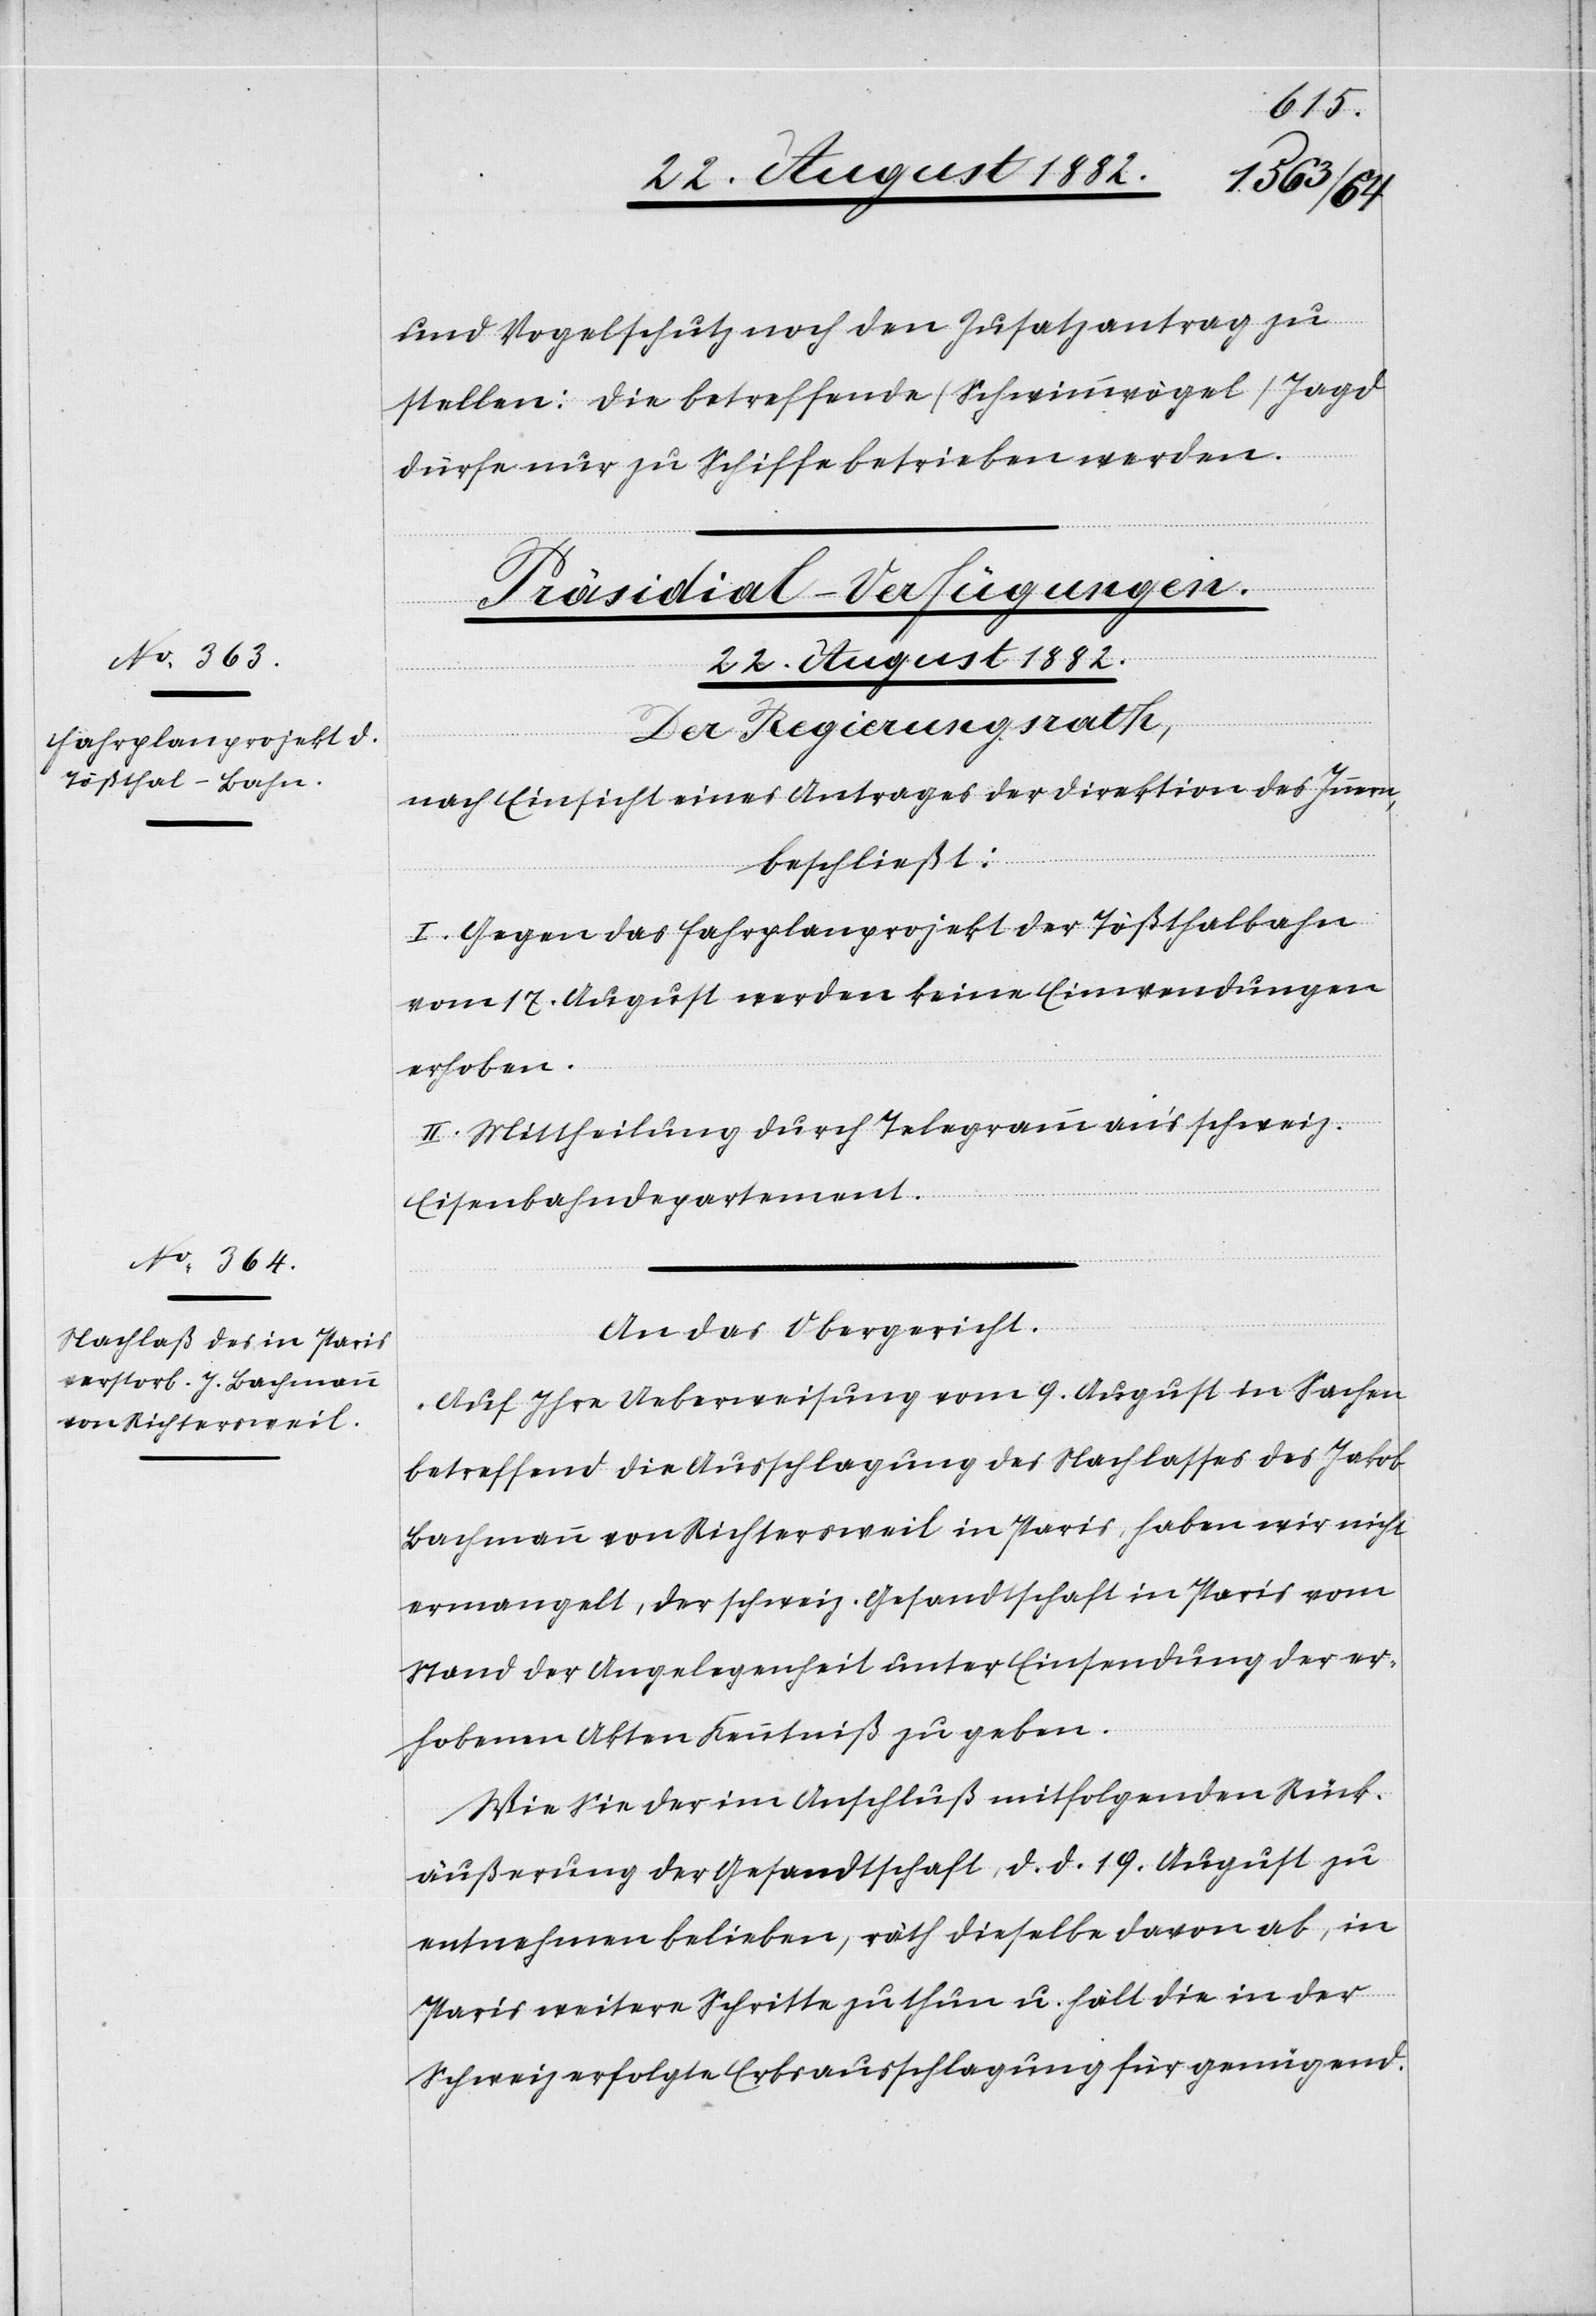
rag zu
stellen: die betreffende (Schwimmvögel) Jagd
dürfe nur zu Schiffe betrieben werden.
[Präsidial-Verfügungen.
22. August 1882.]
Der Regierungsrath,
nach Einsicht eines Antrages der Direktion des Innern,
den
beschließt:
I. Gegen das Fahrplanprojekt der Tößthalbahn
vom 17. August werden keine Einwendungen
erhoben.
II. Mittheilung durch Telegramm an’s schweiz.
Zusatzant¬
Eisenbahndepartement.
An das Obergericht.
„Auf Ihre Ueberweisung vom 9. August in Sachen
betreffend die Ausschlagung des Nachlasses des Jakob
Bachmann von Richtersweil in Paris, haben wir nicht
ermangelt, der schweiz. Gesandtschaft in Paris vom
Stand der Angelegenheit unter Einsendung der er¬
hobenen Akten Kenntniß zu geben.
Wie Sie der im Anschluß mitfolgenden Rück¬
äußerung der Gesandtschaft, d. d. 19. August zu
entnehmen belieben, räth dieselbe davon ab, in
Paris weitere Schritte zu thun u. hält die in der
Schweiz erfolgte Erbsausschlagung für genügend.